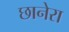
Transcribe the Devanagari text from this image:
छानेरा